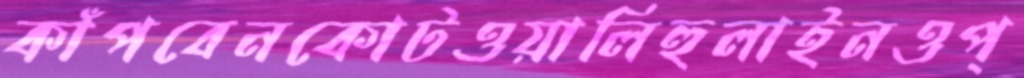
কাঁপবেনকোটওয়ালিহুলাইনওপ্